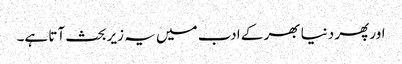
اور پھر دنیا بھر کے ادب میں یہ زیر بحث آتا ہے۔